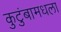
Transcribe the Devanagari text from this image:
कुटुंबामधला